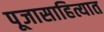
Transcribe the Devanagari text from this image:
पूजासाहित्यात